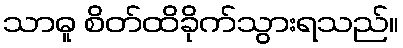
သာဓူ စိတ်ထိခိုက်သွားရသည်။